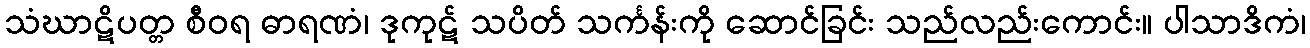
သံဃာဋိပတ္တ စီဝရ ဓာရဏံ၊ ဒုကုဋ် သပိတ် သင်္ကန်းကို ဆောင်ခြင်း သည်လည်းကောင်း။ ပါသာဒိကံ၊